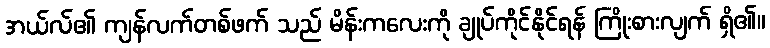
အယ်လ်၏ ကျန်လက်တစ်ဖက် သည် မိန်းကလေးကို ချုပ်ကိုင်နိုင်ရန် ကြိုးစားလျက် ရှိ၏။